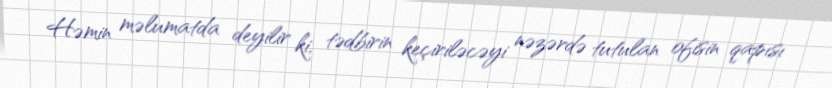
Həmin məlumatda deyilir ki, tədbirin keçiriləcəyi nəzərdə tutulan ofisin qapısı